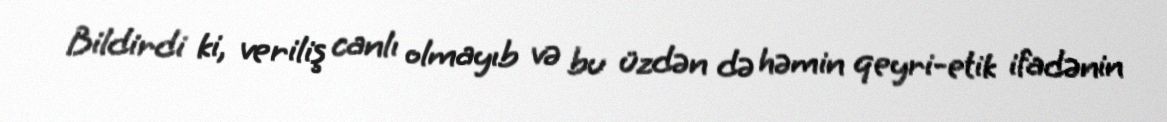
Bildirdi ki, veriliş canlı olmayıb və bu üzdən də həmin qeyri-etik ifadənin